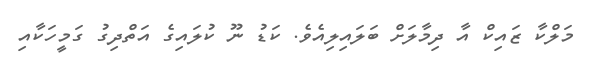
މަލްކާ ޒައިކް އާ ދިމާލަށް ބަލައިލިއެވެ. ކަޑު ނޫ ކުލައިގެ އަތްދިގު ގަމީހަކާއި